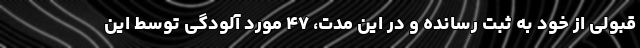
قبولی از خود به ثبت رسانده و در این مدت، ۴۷ مورد آلودگی توسط این